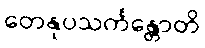
တေနုပသင်္ကန္တောတိ